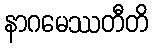
နာဂမေဿတီတိ